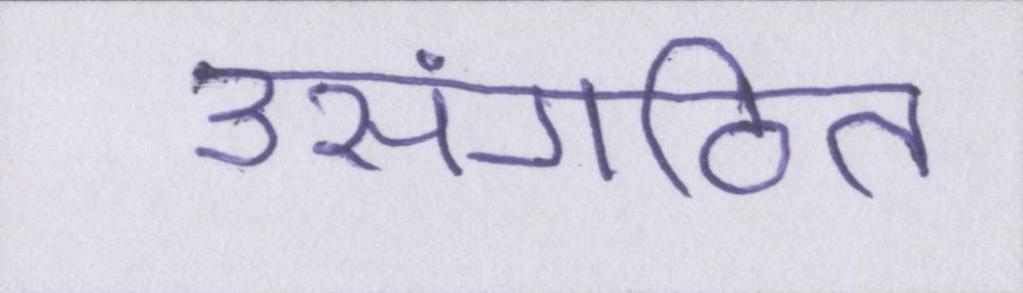
असंगठित